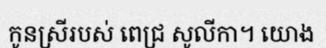
កូនស្រីរបស់ ពេជ្រ សូលីកា។ យោង